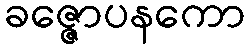
ခဇ္ဇောပနကော